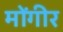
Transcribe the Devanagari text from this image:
मोंगीर